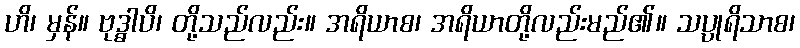
ဟိ၊ မှန်။ ဗုဒ္ဓါပိ၊ တို့သည်လည်း။ အရိယာစ၊ အရိယာတို့လည်းမည်၏။ သပ္ပုရိသာစ၊